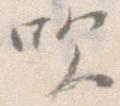
吹